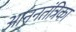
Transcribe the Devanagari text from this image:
आननतंत्रिका